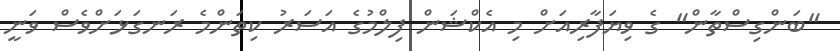
"ބަންގިސްތާން" ގެ ވިޔަފާރިއަށް މި އެކްޝަން ފިލްމުގެ އަސަރު ކިތަންމެ ރަނގަޅަށްވެސް ވަނީ